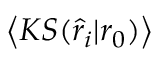
\left\langle K S ( \hat { r } _ { i } | r _ { 0 } ) \right\rangle